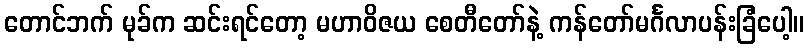
တောင်ဘက် မုခ်က ဆင်းရင်တော့ မဟာဝိဇယ စေတီတော်နဲ့ ကန်တော်မင်္ဂလာပန်းခြံပေါ့။